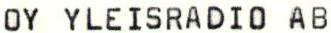
OY YLEISRADIO AB